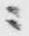
ニ